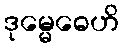
ဒုမ္မေဓေဟိ